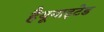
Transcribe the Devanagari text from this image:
हैयूनाइटेड